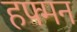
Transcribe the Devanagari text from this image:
हफ्मन